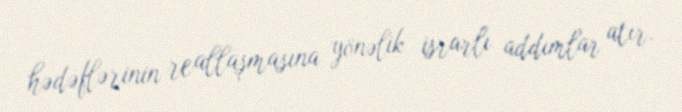
hədəflərinin reallaşmasına yönəlik israrlı addımlar atır.